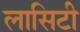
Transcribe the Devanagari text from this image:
लासिटी